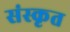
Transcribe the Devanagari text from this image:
संस्‍कृत